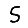
Digit: 5